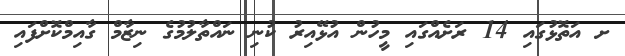
ށ އަތޮޅުގައި 14 ރަށެއްގައި މީހުން އުޅޭއިރު ކުނި ނައްތާލުމުގެ ނިޒާމް ގާއިމްކޮށްފައި